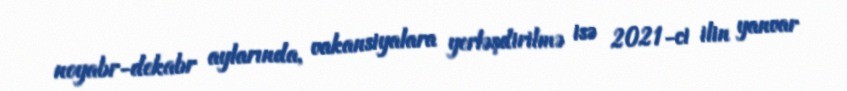
noyabr-dekabr aylarında, vakansiyalara yerləşdirilmə isə 2021-ci ilin yanvar